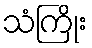
သံကြိုး